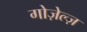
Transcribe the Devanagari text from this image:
गोज़ेल्ज़